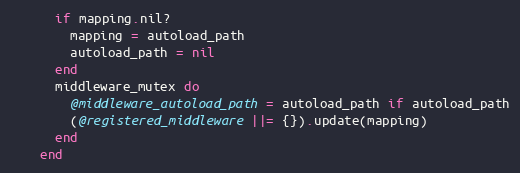
Language: Ruby
      if mapping.nil?
        mapping = autoload_path
        autoload_path = nil
      end
      middleware_mutex do
        @middleware_autoload_path = autoload_path if autoload_path
        (@registered_middleware ||= {}).update(mapping)
      end
    end